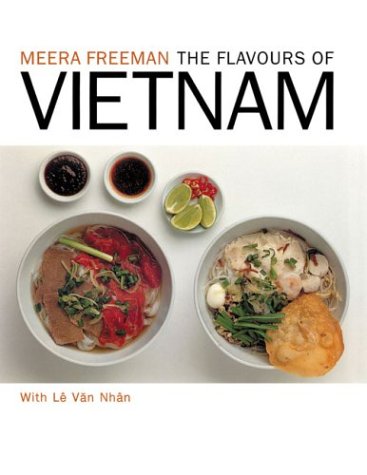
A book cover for The Flavours of Vietnam; Meera Freeman; Cookbooks, Food & Wine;